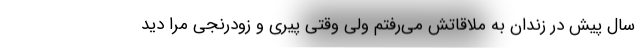
سال پیش در زندان به ملاقاتش می‌رفتم ولی وقتی پیری و زودرنجی مرا دید